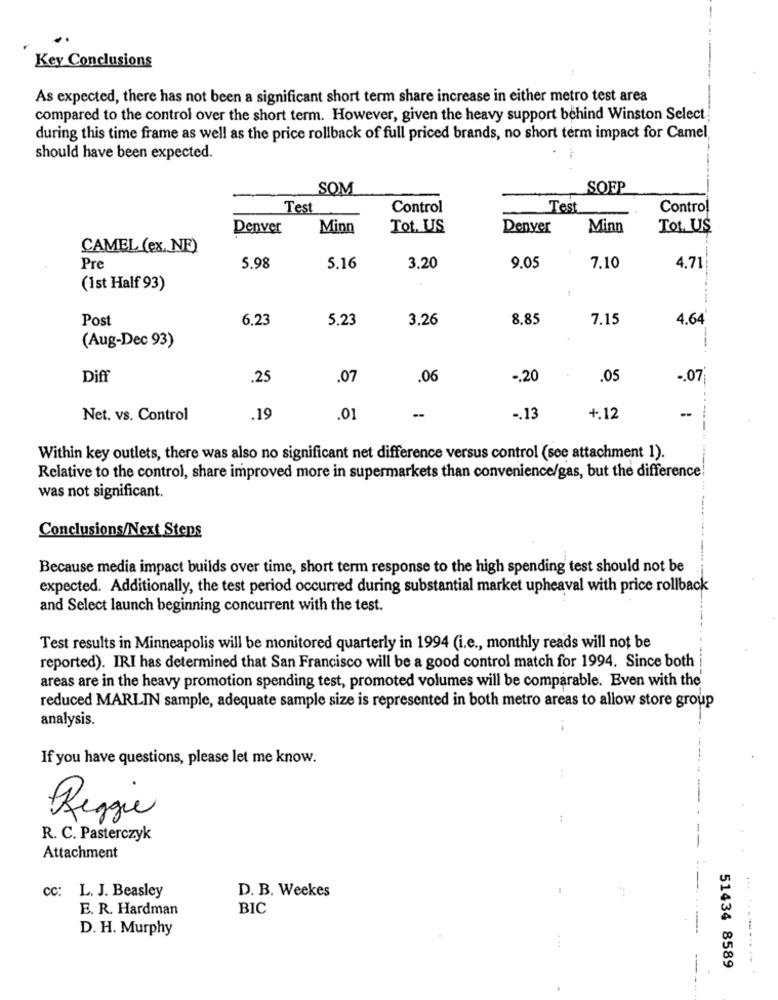
Key Conclusions
As expected, there has not been a significant short term share increase in either metro test area
compared to the control over the short term. However, given the heavy support behind Winston Select
during this time frame as well as the price rollback of full priced brands, no short term impact for Camel
should have been expected.
SOM
SOEP
Test
Control
Test
Control
Denver
Minn
Tot. US
Denver
Minn
Tot. US
CAMEL (ex. NE)
Pre
5.98
5.16
3.20
9.05
7.10
4.71
(1st Half 93)
Post
6,23
5.23
3.26
8,85
7.15
4.64
(Aug-Dec 93)
Diff
.25
.07
.06
-. 20
.05
.. 07
--
Net. vs. Control
.19
.01
--
-. 13
+.12
Within key outlets, there was also no significant net difference versus control (see attachment 1).
Relative to the control, share improved more in supermarkets than convenience/gas, but the difference!
was not significant.
Conclusions/Next Steps
Because media impact builds over time, short term response to the high spending test should not be
expected. Additionally, the test period occurred during substantial market upheaval with price rollback
and Select launch beginning concurrent with the test.
Test results in Minneapolis will be monitored quarterly in 1994 (i.e ., monthly reads will not be
reported). IRI has determined that San Francisco will be a good control match for 1994. Since both
areas are in the heavy promotion spending test, promoted volumes will be comparable. Even with the
reduced MARLIN sample, adequate sample size is represented in both metro areas to allow store group
analysis.
If you have questions, please let me know.
:
Reggie
R. C. Pasterczyk
Attachment
CC: L. J. Beasley
D. B. Weekes
E. R. Hardman
BIC
D. H. Murphy
51434 8589